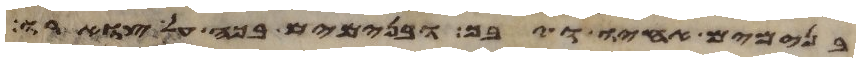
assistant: בנימים אחיו ויבך ובנימים בכה על צוארו